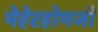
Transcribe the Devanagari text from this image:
मेहेरहोमजी